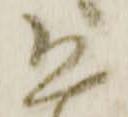
恐